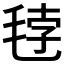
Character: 𰚘